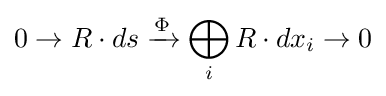
0\to R\cdot ds\xrightarrow {\Phi } \bigoplus _{i}R\cdot dx_{i}\to 0